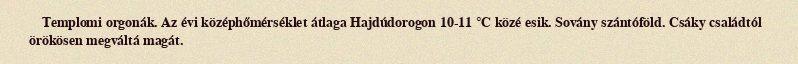
Templomi orgonák. Az évi középhőmérséklet átlaga Hajdúdorogon 10-11 °C közé esik. Sovány szántóföld. Csáky családtól örökösen megváltá magát.